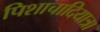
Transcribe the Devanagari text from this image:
पिशाचादियात्रा